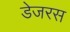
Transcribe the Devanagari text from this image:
डेजरस